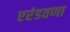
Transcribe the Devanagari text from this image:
एरंडवणा